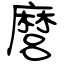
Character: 麿